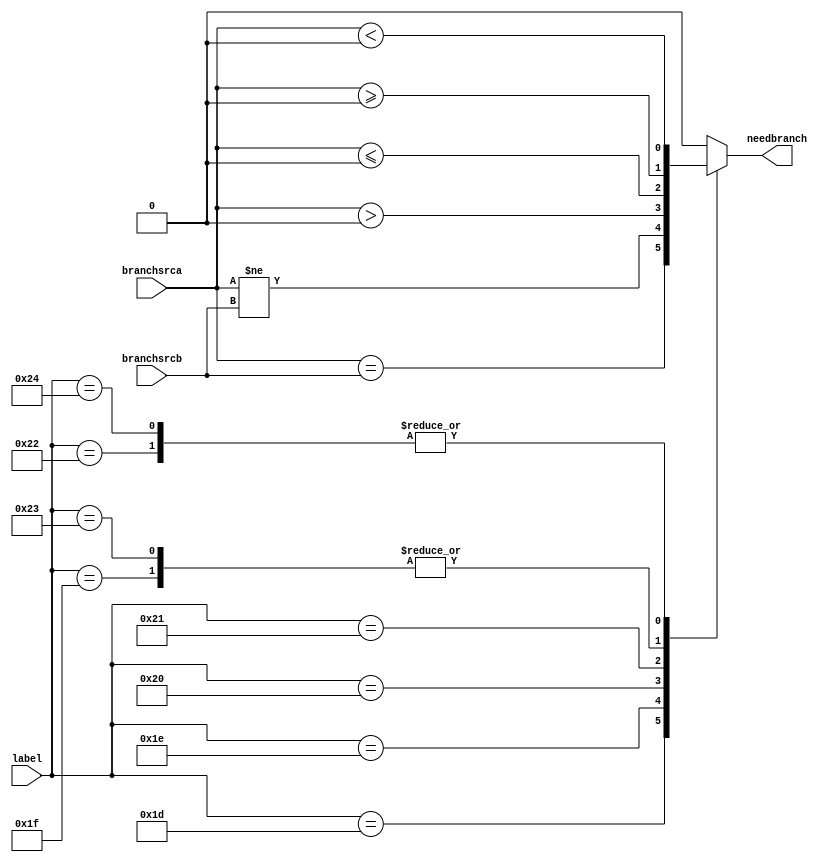
`timescale 1ns / 1ps
//////////////////////////////////////////////////////////////////////////////////
// Company: 
// Engineer: 
// 
// Design Name: 
// Module Name: branchdecide
// Project Name: 
// Target Devices: 
// Tool Versions: 
// Description: 
// 
// Dependencies: 
// 
// Revision:
// Revision 0.01 - File Created
// Additional Comments:
// 
//////////////////////////////////////////////////////////////////////////////////


module branchdecide(
    input wire[5:0] label,
    input wire[31:0] branchsrca,branchsrcb,
    output reg needbranch
    );

    always @(*)begin
        case (label)
            6'b011101: needbranch<=(branchsrca==branchsrcb);  //BEQ
            6'b011110: needbranch<=(branchsrca!=branchsrcb);  //BNE
            6'b011111: needbranch<=($signed(branchsrca)>=0);  //BGEZ
            6'b100000: needbranch<=($signed(branchsrca)>0);   //BGTZ
            6'b100001: needbranch<=($signed(branchsrca)<=0);  //BLEZ
            6'b100010: needbranch<=($signed(branchsrca)<0);   //BLTZ
            6'b100011: needbranch<=($signed(branchsrca)>=0);  //BGEZAL
            6'b100100: needbranch<=($signed(branchsrca)<0);   //BLTZAL
            default: needbranch<=1'b0; 
        endcase
    end
endmodule